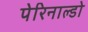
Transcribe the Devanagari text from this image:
पेरिनाल्डो